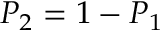
P _ { 2 } = 1 - P _ { 1 }